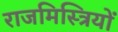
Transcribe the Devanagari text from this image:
राजमिस्त्रियों